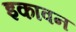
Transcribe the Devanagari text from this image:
इकावन